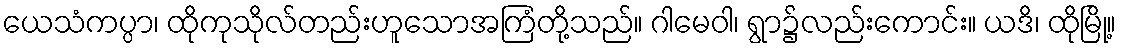
ယေသံကပ္ပာ၊ ထိုကုသိုလ်တည်းဟူသောအကြံတို့သည်။ ဂါမေဝါ၊ ရွာ၌လည်းကောင်း။ ယဒိ၊ ထိုမြို့။